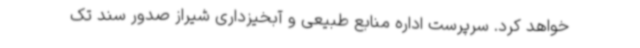
خواهد کرد. سرپرست اداره منابع طبیعی و آبخیزداری شیراز صدور سند تک